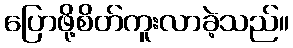
ပြောဖို့စိတ်ကူးလာခဲ့သည်။